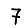
Digit: 7